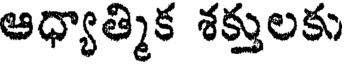
ఆధ్యాత్మిక శక్తులకు